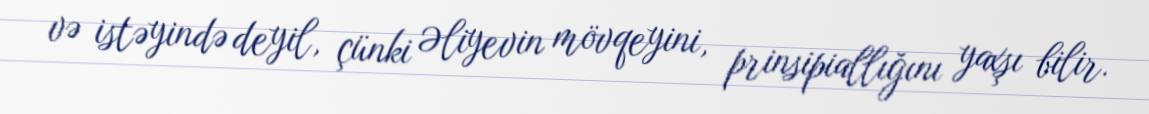
və istəyində deyil, çünki Əliyevin mövqeyini, prinsipiallığını yaxşı bilir.